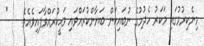
މިނެކިރުމުގައި މަކަރު ހެދުމުގެ ނުބައިކަން ބަޔާންކުރައްވައި ވަޙީކުރައްވާފައިވެއެވެ.    *